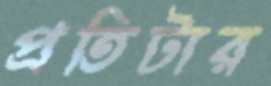
প্রতিটার